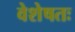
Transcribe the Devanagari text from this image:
वेशेषतः